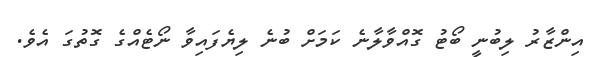
އިންޒާރު ލިބުނީ ބޯޓު ގޮއްވާލާނެ ކަމަށް ބުނެ ލިޔެފައިވާ ނޯޓެއްގެ ގޮތުގަ އެވެ.